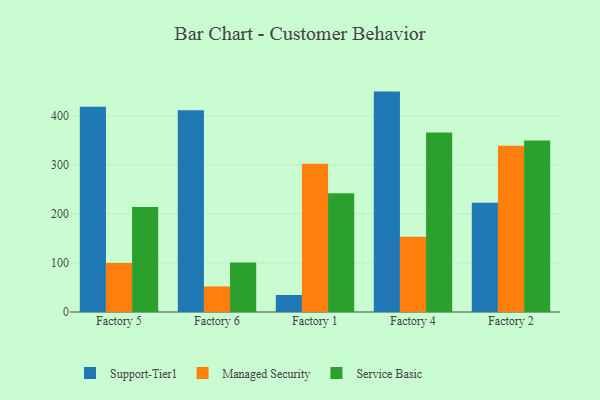
{"axis": {"x": "Factory", "y": "Energy Usage (MWh)"}, "legend": ["Managed Security", "Service Basic", "Support-Tier1"], "data": [{"x": "Factory 5", "y": 418.3, "type": "Support-Tier1"}, {"x": "Factory 5", "y": 99.8, "type": "Managed Security"}, {"x": "Factory 5", "y": 213.9, "type": "Service Basic"}, {"x": "Factory 6", "y": 411.3, "type": "Support-Tier1"}, {"x": "Factory 6", "y": 52.1, "type": "Managed Security"}, {"x": "Factory 6", "y": 100.8, "type": "Service Basic"}, {"x": "Factory 1", "y": 34.7, "type": "Support-Tier1"}, {"x": "Factory 1", "y": 302.0, "type": "Managed Security"}, {"x": "Factory 1", "y": 242.0, "type": "Service Basic"}, {"x": "Factory 4", "y": 449.3, "type": "Support-Tier1"}, {"x": "Factory 4", "y": 153.2, "type": "Managed Security"}, {"x": "Factory 4", "y": 366.0, "type": "Service Basic"}, {"x": "Factory 2", "y": 222.5, "type": "Support-Tier1"}, {"x": "Factory 2", "y": 339.1, "type": "Managed Security"}, {"x": "Factory 2", "y": 349.8, "type": "Service Basic"}]}